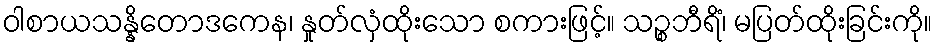
ဝါစာယသန္နိတောဒကေန၊ နှုတ်လှံထိုးသော စကားဖြင့်။ သဉ္စဘီရိံ၊ မပြတ်ထိုးခြင်းကို။